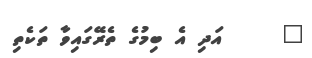
٤     އަދި އެ ބިމުގެ ތެރޭގައިވާ ތަކެތި